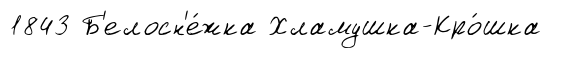
1843 Б'елосн'е́жка Хламушка-Кро́шка